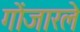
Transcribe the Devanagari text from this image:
गोंजारले